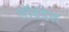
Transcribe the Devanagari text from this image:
लॉन्रडेल